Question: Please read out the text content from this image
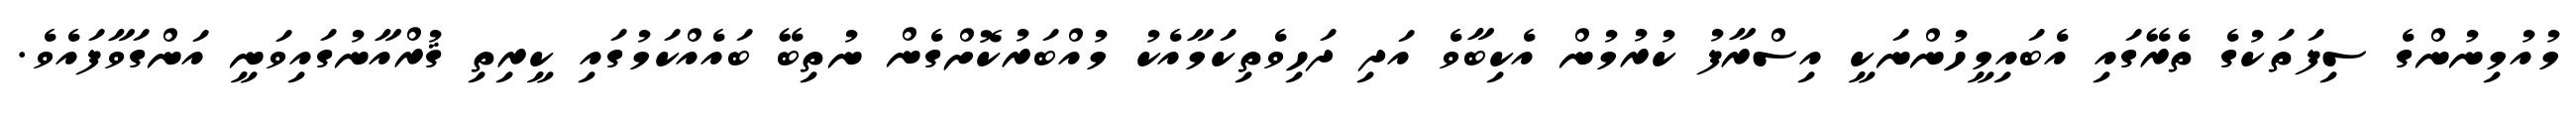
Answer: މުއުމިނުންގެ ސިފަތަކުގެ ތެރޭގައި އެބައިމީހުންނަކީ އިސްރާފު ކުރުމުން އެކިބާވެ އަދި ދަހިވެތިކަމާއެކު މުއްބަރުކޮށްގެން ނުތިބޭ ބައެއްކަމުގައި ކީރިތި ޤުރްއާނުގައިވަނީ އަންގަވާފައެވެ.